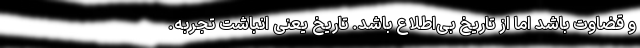
و قضاوت باشد اما از تاریخ بی‌اطلاع باشد. تاریخ یعنی انباشت تجربه.